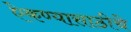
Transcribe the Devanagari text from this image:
ऐकण्यासाठीचे